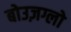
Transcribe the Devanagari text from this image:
बोउज़ग्लो